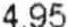
4.95